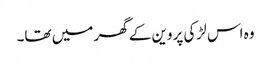
وہ اس لڑکی پروین کے گھر میں تھا۔